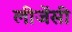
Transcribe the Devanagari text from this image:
लीजेंसी